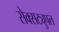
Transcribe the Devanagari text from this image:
सेक्सट्युपल